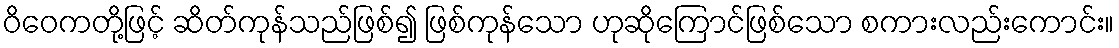
ဝိဝေကတို့ဖြင့် ဆိတ်ကုန်သည်ဖြစ်၍ ဖြစ်ကုန်သော ဟုဆိုကြောင်ဖြစ်သော စကားလည်းကောင်း။